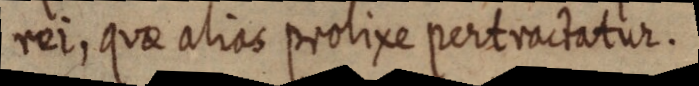
rei, quae alias prolixe pertractatur.